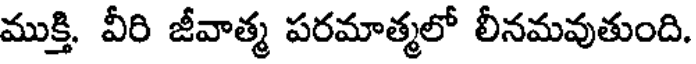
ముక్తి. వీరి జీవాత్మ పరమాత్మలో లీనమవుతుంది.